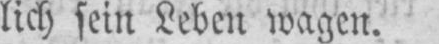
lich sein Leben wagen.